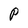
Character: P